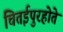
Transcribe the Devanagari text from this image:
चितईपुरहोते